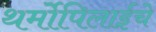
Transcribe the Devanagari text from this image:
थर्मोपिलाईचे